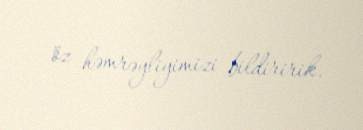
öz həmrəyliyimizi bildiririk.